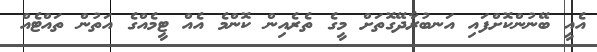
އެއީ ބޭނުންކޮށްފައި އަނބުރާދޭގޮތަށް މީގެ ތެރެއިން ކޮންމެ އެއް ޓީމެއްގެ އަތުން ތައްޓެއް